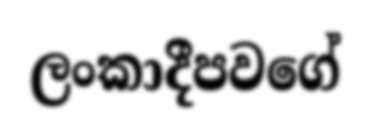
ලංකාදීපවගේ